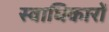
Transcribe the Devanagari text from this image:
स्वाधिकारों